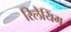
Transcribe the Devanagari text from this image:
रिलेयिंग